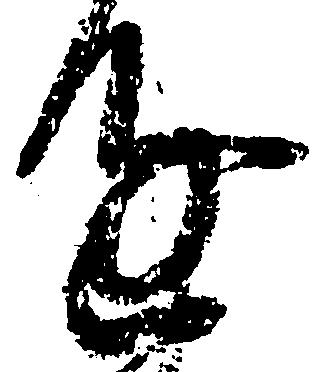
進